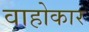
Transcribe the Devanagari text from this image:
वाहोकार